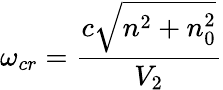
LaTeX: \omega_{cr}=\frac{c\sqrt{n^{2}+n_{0}^{2}}}{V_{2}}